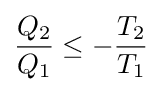
{\frac {Q_{2}}{Q_{1}}}\leq -{\frac {T_{2}}{T_{1}}}